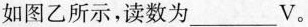
如图乙所示，读数为________V。